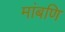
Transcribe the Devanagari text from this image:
मांबणि